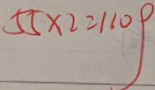
5 5 \times 2 = 1 1 0 g